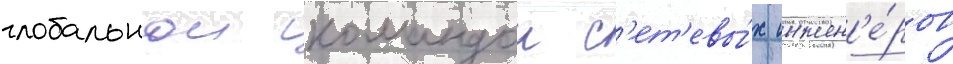
глобальнои командои с'ет'евы́х инжен'е́ров